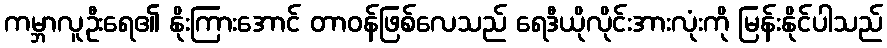
ကမ္ဘာလူဦးရေ၏ နိုးကြားအောင် တာဝန်ဖြစ်လေသည် ရေဒီယိုလိုင်းအားလုံးကို မြန်းနိုင်ပါသည်